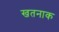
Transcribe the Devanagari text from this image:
खतनाक